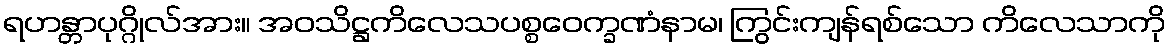
ရဟန္တာပုဂ္ဂိုလ်အား။ အဝသိဋ္ဌကိလေသပစ္စဝေက္ခဏံနာမ၊ ကြွင်းကျန်ရစ်သော ကိလေသာကို